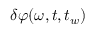
\delta \varphi ( \omega , t , t _ { w } )